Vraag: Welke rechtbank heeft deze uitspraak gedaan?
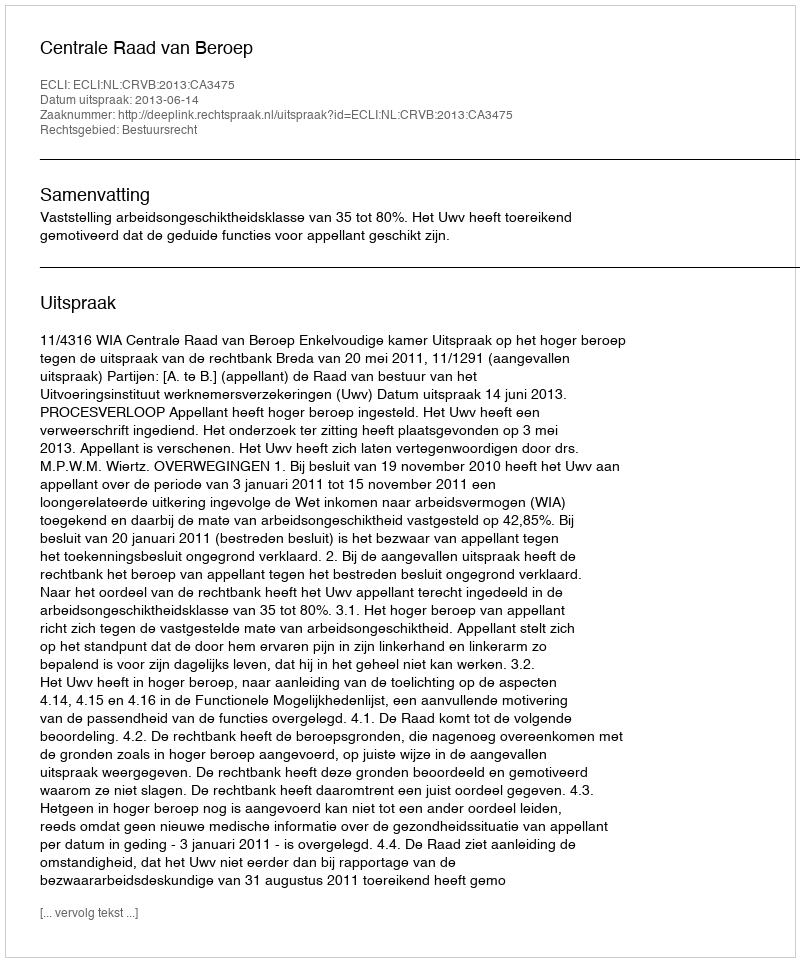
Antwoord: Centrale Raad van Beroep